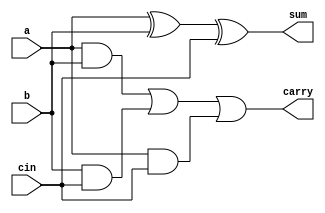
`timescale 1ns / 1ps
//////////////////////////////////////////////////////////////////////////////////
// Company: 
// Engineer: 
// 
// Design Name: 
// Module Name: full_adder
// Project Name: 
// Target Devices: 
// Tool Versions: 
// Description: 
// 
// Dependencies: 
// 
// Revision:
// Revision 0.01 - File Created
// Additional Comments:
// 
//////////////////////////////////////////////////////////////////////////////////
module full_adder(sum,carry,a,b,cin);
output sum,carry;
input a,b,cin;
wire t1,t2,t3;
xor (sum,a,b,cin);
and  (t1,a,b) ,(t2,b,cin),(t3,a,cin);
or (carry,t1,t2,t3);
endmodule